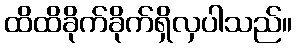
ထိထိခိုက်ခိုက်ရှိလှပါသည်။